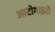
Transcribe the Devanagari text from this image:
आटोगाइरो